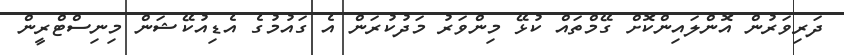
ދަރިވަރުން އޮންލައިންކޮށް ގޭމްތައް ކުޅޭ މިންވަރު މަދުކުރަން އެ ގައުމުގެ އެޑިއުކޭޝަން މިނިސްޓްރީން